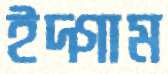
ইদ্গাম